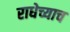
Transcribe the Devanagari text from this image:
राधेच्याच